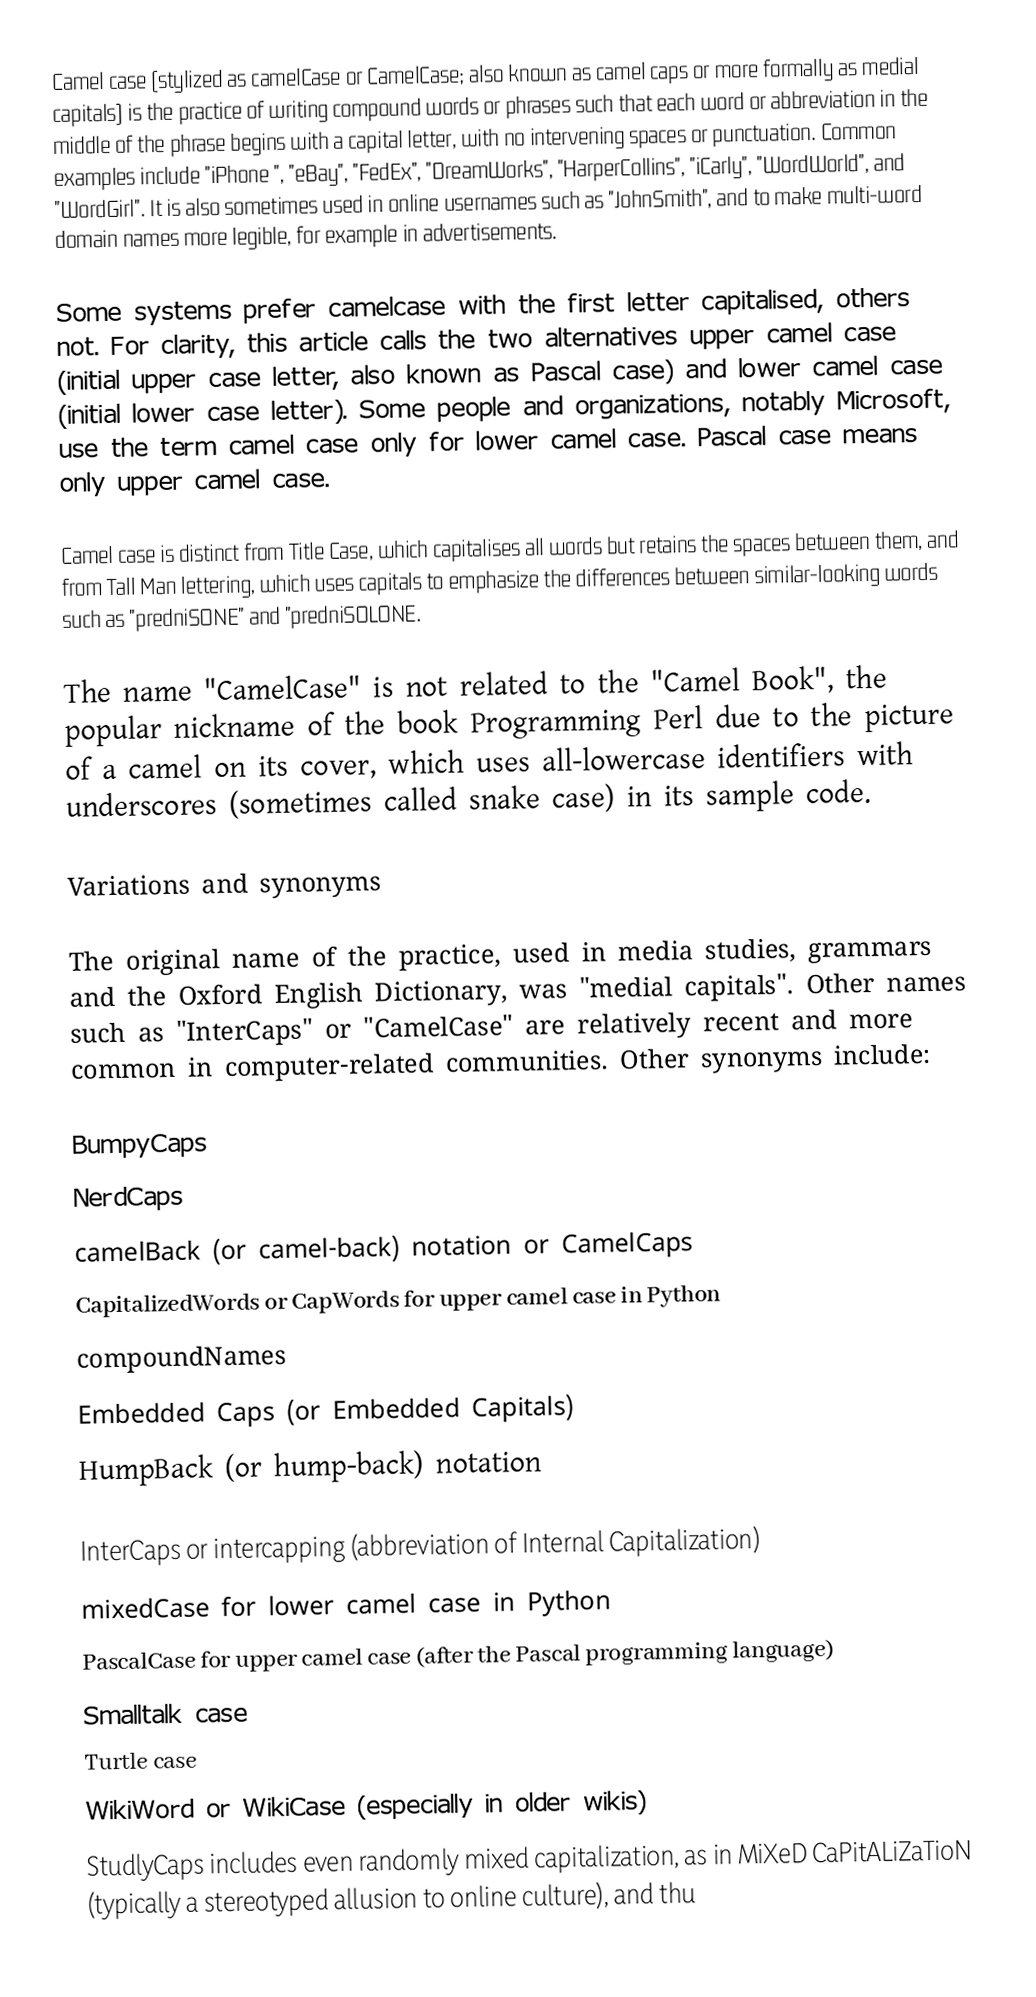
Camel case (stylized as camelCase or CamelCase; also known as camel caps or more formally as medial capitals) is the practice of writing compound words or phrases such that each word or abbreviation in the middle of the phrase begins with a capital letter, with no intervening spaces or punctuation. Common examples include "iPhone ", "eBay", "FedEx", "DreamWorks", "HarperCollins", "iCarly", "WordWorld", and "WordGirl". It is also sometimes used in online usernames such as "JohnSmith", and to make multi-word domain names more legible, for example in advertisements.

Some systems prefer camelcase with the first letter capitalised, others not. For clarity, this article calls the two alternatives upper camel case (initial upper case letter, also known as Pascal case) and lower camel case (initial lower case letter). Some people and organizations, notably Microsoft, use the term camel case only for lower camel case.  Pascal case means only upper camel case.

Camel case is distinct from Title Case, which capitalises all words but retains the spaces between them, and from Tall Man lettering, which uses capitals to emphasize the differences between similar-looking words such as "predniSONE" and "predniSOLONE.

The name "CamelCase" is not related to the "Camel Book", the popular nickname of the book Programming Perl due to the picture of a camel on its cover, which uses all-lowercase identifiers with underscores (sometimes called snake case) in its sample code.

Variations and synonyms

The original name of the practice, used in media studies, grammars and the Oxford English Dictionary, was "medial capitals". Other names such as "InterCaps" or "CamelCase" are relatively recent and more common in computer-related communities. Other synonyms include:

 BumpyCaps
 NerdCaps
 camelBack (or camel-back) notation or CamelCaps
 CapitalizedWords or CapWords for upper camel case in Python
 compoundNames
 Embedded Caps (or Embedded Capitals)
 HumpBack (or hump-back) notation

 InterCaps or intercapping (abbreviation of Internal Capitalization)
 mixedCase for lower camel case in Python
 PascalCase for upper camel case (after the Pascal programming language)
 Smalltalk case
 Turtle case
 WikiWord or WikiCase (especially in older wikis)
 StudlyCaps includes even randomly mixed capitalization, as in MiXeD CaPitALiZaTioN (typically a stereotyped allusion to online culture), and thu